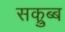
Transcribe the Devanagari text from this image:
सक्रुब्ब